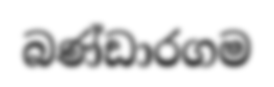
බණ්ඩාරගම